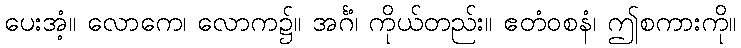
ပေးအံ့။ လောကေ၊ လောက၌။ အင်္ဂံ၊ ကိုယ်တည်း။ ဧတံဝစနံ၊ ဤစကားကို။